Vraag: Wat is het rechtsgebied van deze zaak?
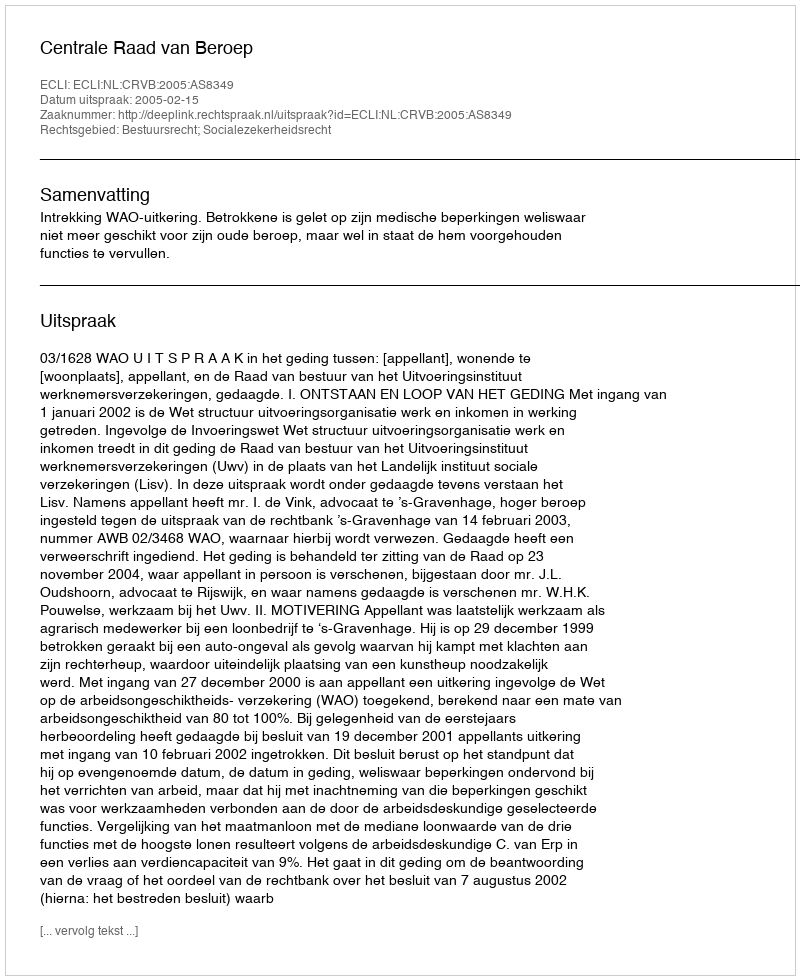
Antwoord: Bestuursrecht; Socialezekerheidsrecht